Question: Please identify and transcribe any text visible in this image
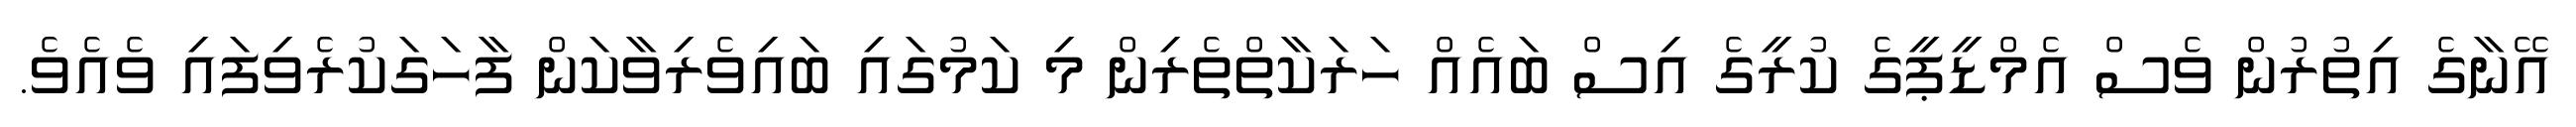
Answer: އޭނާގެ އިތުރުން ވެސް އެމްޑީޕީގެ ކުރީގެ އިސް ބައެއް ހަރަކާތްތެރިން މި ކަމުގައި ބައިވެރިވާކަން ފާހަގަކުރެވިފައި ވެއެވެ.